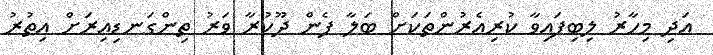
އަދި މިހާރު ލިބިފައިވާ ކުރިއެރުންތަކަށް ބަލާ ފެން ދޫކުރާ ވަރު ތިންގަނޑިއިރަށް އިތުރު